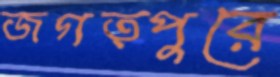
জগত্পুরে